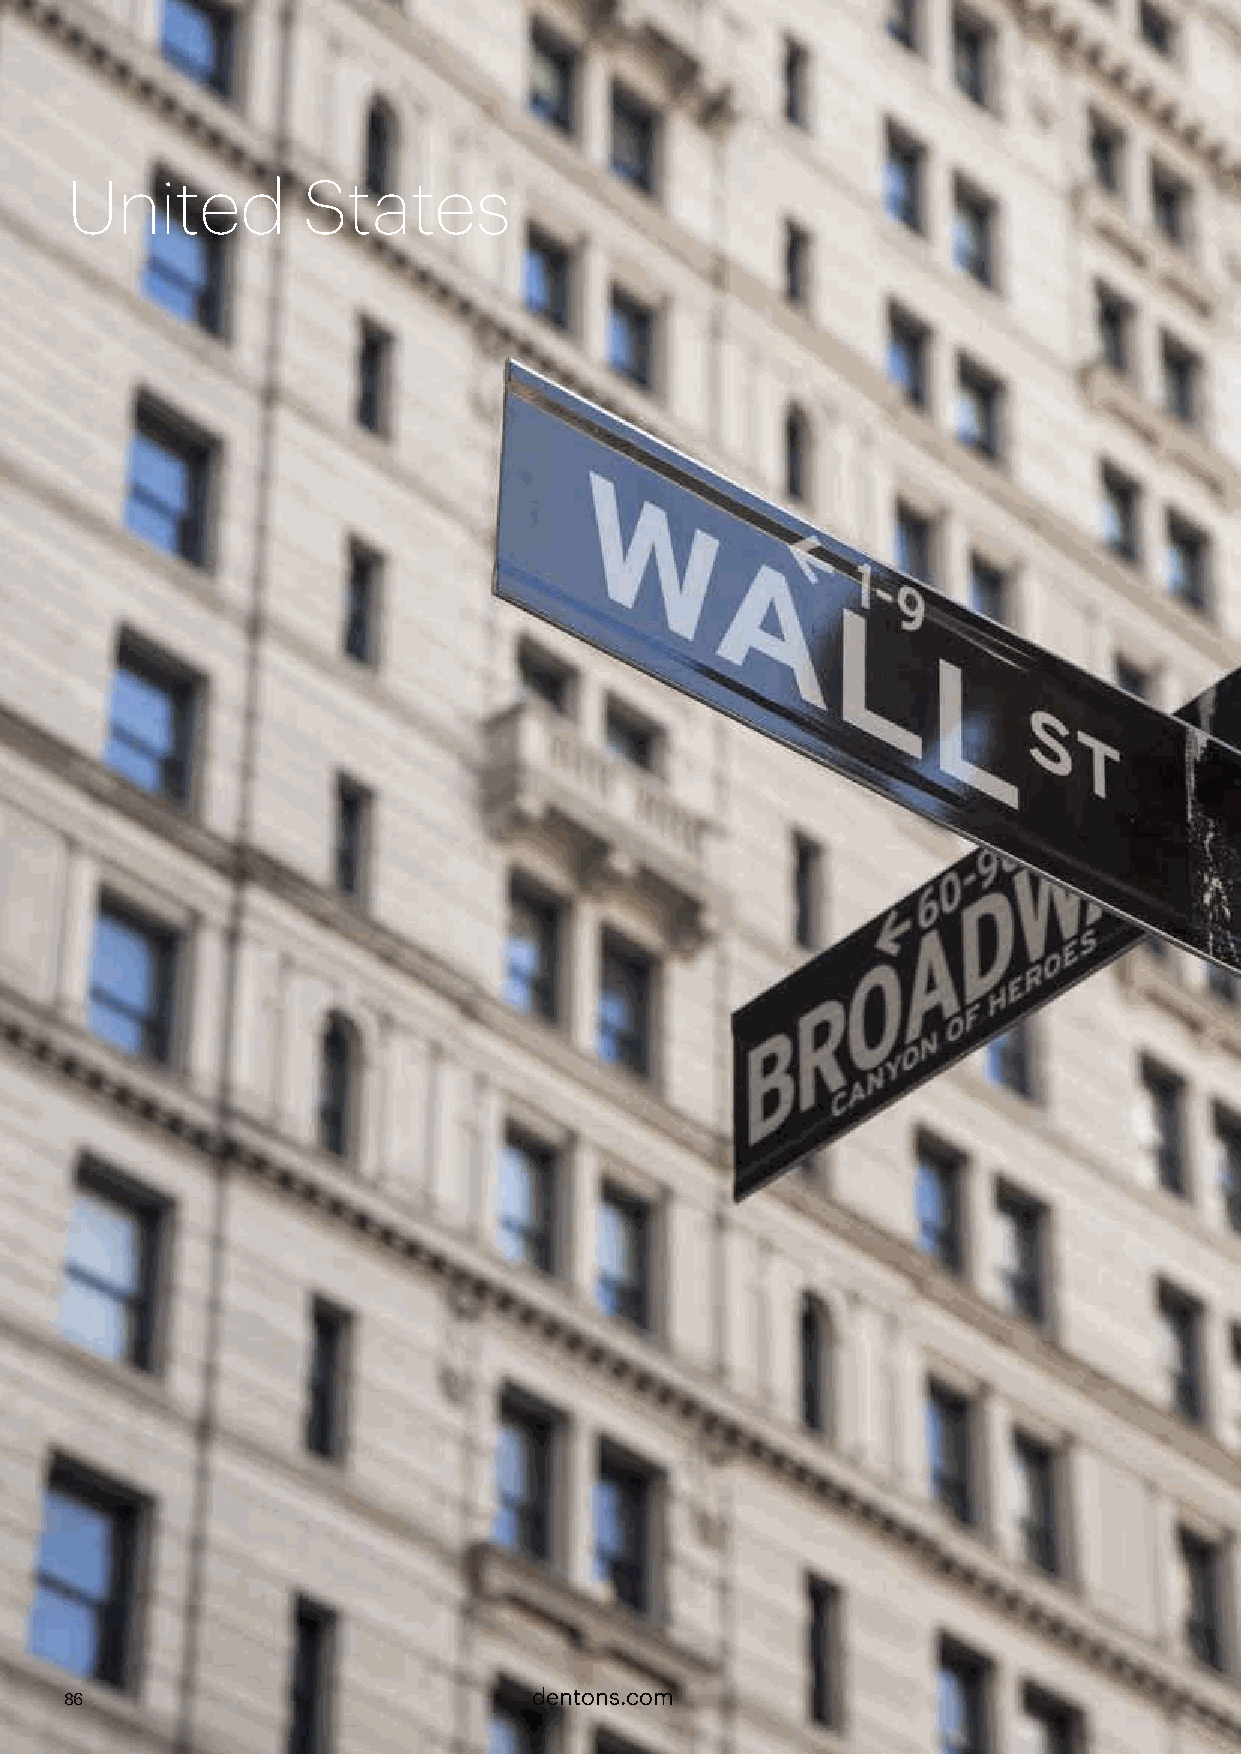
United          States
 86                             dentons.com